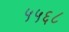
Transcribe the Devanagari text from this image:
५५६८